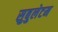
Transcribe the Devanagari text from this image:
सुबुलेटम